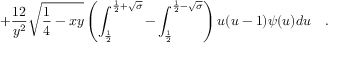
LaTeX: + { \frac { 1 2 } { y ^ { 2 } } } \sqrt { { \frac { 1 } { 4 } } - x y } \left( \int _ { \frac 1 2 } ^ { \frac 1 2 + \sqrt { \sigma } } - \int _ { \frac 1 2 } ^ { \frac 1 2 - \sqrt { \sigma } } \right) u ( u - 1 ) \psi ( u ) d u ~ ~ ~ .